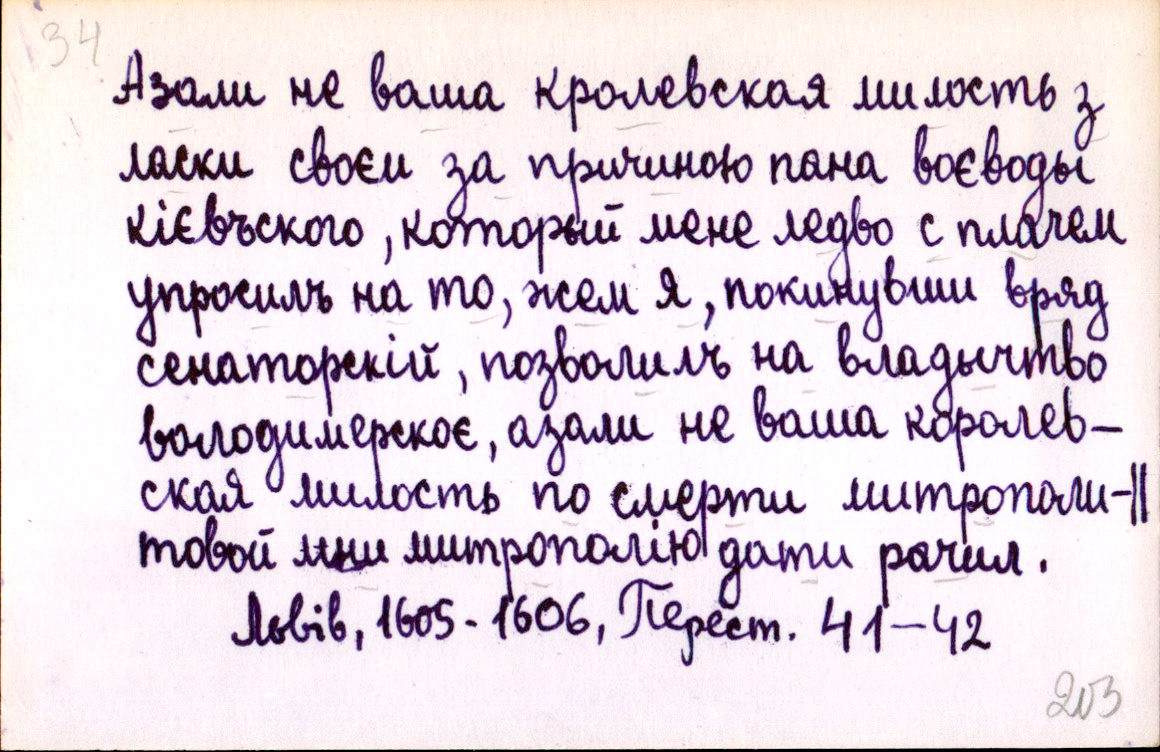
Азали не ваша кролевская милость з
ласки своєи за причиною пана воєводы
кієвъского, который мене ледво с плачем
упросилъ на то, жем я, покинувши вряд
сенаторскій, позволилъ на владычство
володимерскоє, азали не ваша королев-
ская милость по смерти митрополи-║
товой мни митрополію дати рачил.
Львів, 1605-1606, Перест. 41-42